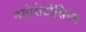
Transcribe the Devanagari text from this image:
नयोरोटोसिस्म